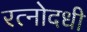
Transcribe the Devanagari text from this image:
रत्नोदधी